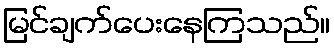
မြင်ချက်ပေးနေကြသည်။